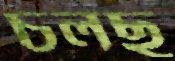
চলছ